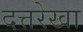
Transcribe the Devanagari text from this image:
दत्तरेखा